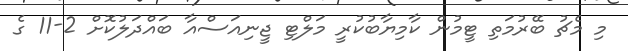
މި މެޗު ބޭރުމަތި ޓީމުން ކާމިޔާބުކުރީ މަލްޓި ޖީނިއަސްއާ ބައްދަލުކޮށް 2-11 ގެ